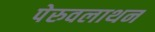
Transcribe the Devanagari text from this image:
पेरुवलाथन